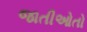
જાતીઓતો